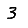
Digit: 3